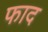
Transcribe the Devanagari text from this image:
फाद